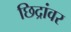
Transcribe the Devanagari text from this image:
छिद्रांवर